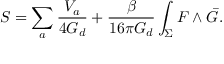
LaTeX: S = \sum _ { a } \frac { V _ { a } } { 4 G _ { d } } + \frac { \beta } { 1 6 \pi G _ { d } } \int _ { \Sigma } F \wedge \bar { G } .